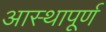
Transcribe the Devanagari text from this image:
आस्थापूर्ण